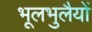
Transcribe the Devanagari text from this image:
भूलभुलैयों